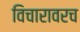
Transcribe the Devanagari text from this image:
विचारावरच